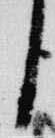
臣